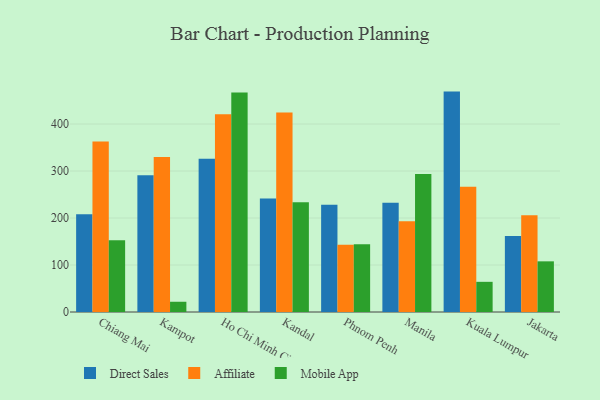
{"axis": {"x": "City", "y": "Inventory Turnover"}, "legend": ["Affiliate", "Direct Sales", "Mobile App"], "data": [{"x": "Chiang Mai", "y": 207.8, "type": "Direct Sales"}, {"x": "Chiang Mai", "y": 362.9, "type": "Affiliate"}, {"x": "Chiang Mai", "y": 152.9, "type": "Mobile App"}, {"x": "Kampot", "y": 291.0, "type": "Direct Sales"}, {"x": "Kampot", "y": 329.6, "type": "Affiliate"}, {"x": "Kampot", "y": 21.8, "type": "Mobile App"}, {"x": "Ho Chi Minh City", "y": 326.0, "type": "Direct Sales"}, {"x": "Ho Chi Minh City", "y": 421.0, "type": "Affiliate"}, {"x": "Ho Chi Minh City", "y": 467.0, "type": "Mobile App"}, {"x": "Kandal", "y": 241.4, "type": "Direct Sales"}, {"x": "Kandal", "y": 424.5, "type": "Affiliate"}, {"x": "Kandal", "y": 233.6, "type": "Mobile App"}, {"x": "Phnom Penh", "y": 228.1, "type": "Direct Sales"}, {"x": "Phnom Penh", "y": 143.3, "type": "Affiliate"}, {"x": "Phnom Penh", "y": 144.1, "type": "Mobile App"}, {"x": "Manila", "y": 232.3, "type": "Direct Sales"}, {"x": "Manila", "y": 193.1, "type": "Affiliate"}, {"x": "Manila", "y": 293.5, "type": "Mobile App"}, {"x": "Kuala Lumpur", "y": 469.0, "type": "Direct Sales"}, {"x": "Kuala Lumpur", "y": 266.7, "type": "Affiliate"}, {"x": "Kuala Lumpur", "y": 64.2, "type": "Mobile App"}, {"x": "Jakarta", "y": 161.5, "type": "Direct Sales"}, {"x": "Jakarta", "y": 205.7, "type": "Affiliate"}, {"x": "Jakarta", "y": 107.8, "type": "Mobile App"}]}